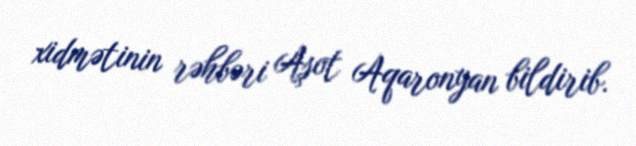
xidmətinin rəhbəri Aşot Aqaronyan bildirib.